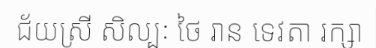
ជ័យស្រី សិល្បៈ ថៃ រាន ទេវតា រក្សា